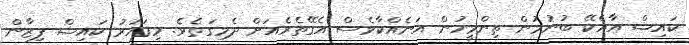
ކައިޝް އާއެކޭ ބުނުމުން ތިންމީހުން އަނެއްކާވެސް އެގޭތެރެއަށް ދެމިގަތެވެ. މިފަހަރު ކައިޝް ފިޒާން